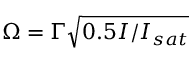
\Omega = \Gamma \sqrt { 0 . 5 I / I _ { s a t } }